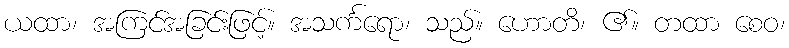
ယထာ၊ အကြင်အခြင်းဖြင့်။ အသင်္ကရော၊ သည်။ ဟောတိ၊ ၏။ တထာ စေဝ၊